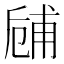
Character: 𠃃